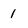
Character: 1